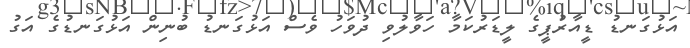
އަޅުގަނޑު ޑީއާރުޕީގެ ލީޑަރުކަމާ ހަވާލުވި ދުވަހު ވެސް އަޅުގަނޑު ބުނިން އަޅުގަނޑުގެ އަގު